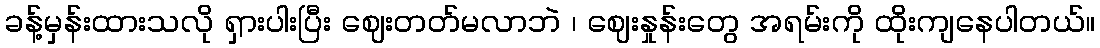
ခန့်မှန်းထားသလို ရှားပါးပြီး ဈေးတတ်မလာဘဲ ၊ ဈေးနှုန်းတွေ အရမ်းကို ထိုးကျနေပါတယ်။